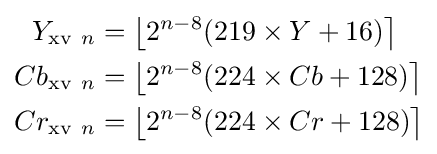
{\begin{aligned}Y_{{\rm {xv}}\ n}&=\left\lfloor 2^{n-8}(219\times Y+16)\right\rceil \\Cb_{{\rm {xv}}\ n}&=\left\lfloor 2^{n-8}(224\times Cb+128)\right\rceil \\Cr_{{\rm {xv}}\ n}&=\left\lfloor 2^{n-8}(224\times Cr+128)\right\rceil \\\end{aligned}}